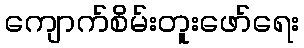
ကျောက်စိမ်းတူးဖော်ရေး